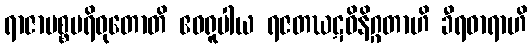
ရာဇာမစ္စပရိဝုတောတိ ဧဝရူပါယ ရဇတဃဋဝိနိဂ္ဂတာဟိ ခီရဓာရာဟိ